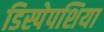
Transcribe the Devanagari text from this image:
डिस्पेपशिया